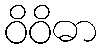
ဝိဝိဓာ